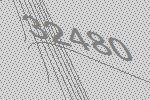
32480